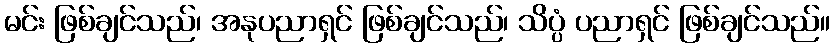
မင်း ဖြစ်ချင်သည်၊ အနုပညာရှင် ဖြစ်ချင်သည်၊ သိပ္ပံ ပညာရှင် ဖြစ်ချင်သည်။